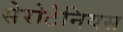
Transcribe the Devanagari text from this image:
सेरोटेनियस